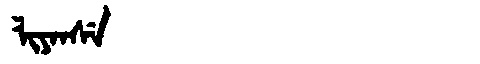
Manchu: ᠯᡳᠶᠠᠨᠰᡝ
Romanization: LIYANSE